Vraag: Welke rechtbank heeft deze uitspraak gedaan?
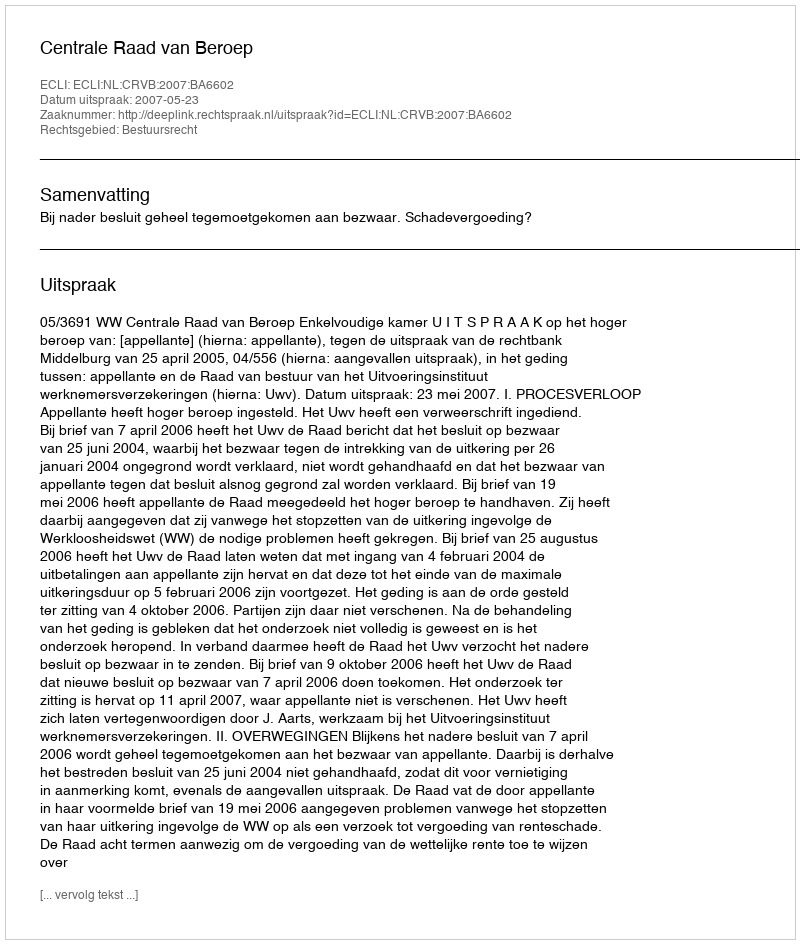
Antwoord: Centrale Raad van Beroep